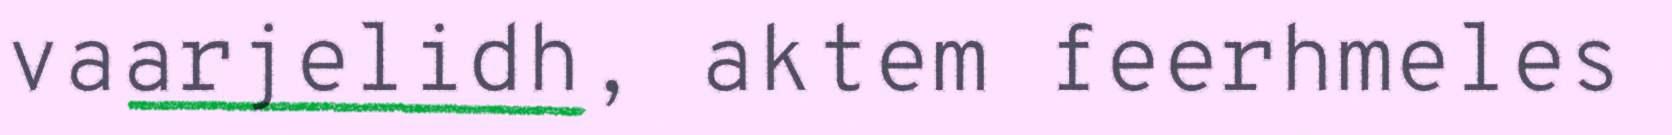
vaarjelidh, aktem feerhmeles